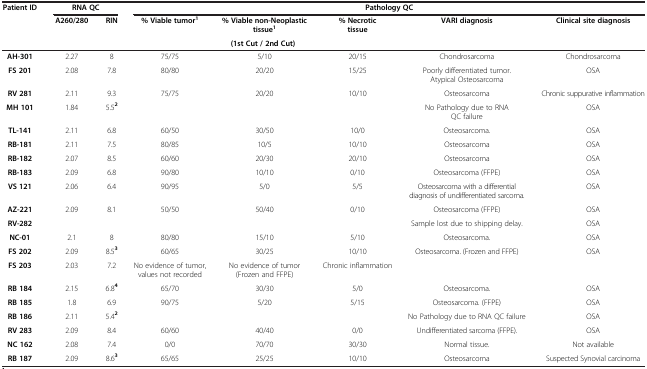
<table><thead><tr><td rowspan="2"><b>Patient ID</b></td><td colspan="2"><b>RNA QC</b></td><td colspan="5"><b>Pathology QC</b></td></tr><tr><td rowspan="2"><b>A260/280</b></td><td rowspan="2"><b>RIN</b></td><td><b>% Viable tumor<sup>1</sup></b></td><td><b>% Viable non-Neoplastic tissue<sup>1</sup></b></td><td><b>% Necrotic tissue</b></td><td rowspan="2"><b>VARI diagnosis</b></td><td rowspan="2"><b>Clinical site diagnosis</b></td></tr><tr><td><b> </b></td><td colspan="3"><b>(1st Cut / 2nd Cut)</b></td></tr></thead><tbody><tr><td><b>AH-301</b></td><td>2.27</td><td>8</td><td>75/75</td><td>5/10</td><td>20/15</td><td>Chondrosarcoma</td><td>Chondrosarcoma</td></tr><tr><td><b>FS 201</b></td><td>2.08</td><td>7.8</td><td>80/80</td><td>20/20</td><td>15/25</td><td>Poorly differentiated tumor. Atypical Osteosarcoma</td><td>OSA</td></tr><tr><td><b>RV 281</b></td><td>2.11</td><td>9.3</td><td>75/75</td><td>20/20</td><td>10/10</td><td>Osteosarcoma</td><td>Chronic suppurative inflammation</td></tr><tr><td><b>MH 101</b></td><td>1.84</td><td>5.5<sup><b>2</b></sup></td><td> </td><td> </td><td> </td><td>No Pathology due to RNA QC failure</td><td>OSA</td></tr><tr><td><b>TL-141</b></td><td>2.11</td><td>6.8</td><td>60/50</td><td>30/50</td><td>10/0</td><td>Osteosarcoma.</td><td>OSA</td></tr><tr><td><b>RB-181</b></td><td>2.11</td><td>7.5</td><td>80/85</td><td>10/5</td><td>10/10</td><td>Osteosarcoma</td><td>OSA</td></tr><tr><td><b>RB-182</b></td><td>2.07</td><td>8.5</td><td>60/60</td><td>20/30</td><td>20/10</td><td>Osteosarcoma</td><td>OSA</td></tr><tr><td><b>RB-183</b></td><td>2.09</td><td>6.8</td><td>90/80</td><td>10/10</td><td>0/10</td><td>Osteosarcoma (FFPE)</td><td>OSA</td></tr><tr><td><b>VS 121</b></td><td>2.06</td><td>6.4</td><td>90/95</td><td>5/0</td><td>5/5</td><td>Osteosarcoma with a differential diagnosis of undifferentiated sarcoma.</td><td>OSA</td></tr><tr><td><b>AZ-221</b></td><td>2.09</td><td>8.1</td><td>50/50</td><td>50/40</td><td>0/10</td><td>Osteosarcoma (FFPE)</td><td>OSA</td></tr><tr><td><b>RV-282</b></td><td> </td><td> </td><td> </td><td> </td><td> </td><td>Sample lost due to shipping delay.</td><td>OSA</td></tr><tr><td><b>NC-01</b></td><td>2.1</td><td>8</td><td>80/80</td><td>15/10</td><td>5/10</td><td>Osteosarcoma.</td><td>OSA</td></tr><tr><td><b>FS 202</b></td><td>2.09</td><td>8.5<sup><b>3</b></sup></td><td>60/65</td><td>30/25</td><td>10/10</td><td>Osteosarcoma. (Frozen and FFPE)</td><td>OSA</td></tr><tr><td><b>FS 203</b></td><td>2.03</td><td>7.2</td><td>No evidence of tumor, values not recorded</td><td>No evidence of tumor (Frozen and FFPE)</td><td>Chronic inflammation</td><td> </td><td> </td></tr><tr><td><b>RB 184</b></td><td>2.15</td><td>6.8<sup><b>4</b></sup></td><td>65/70</td><td>30/30</td><td>5/0</td><td>Osteosarcoma.</td><td>OSA</td></tr><tr><td><b>RB 185</b></td><td>1.8</td><td>6.9</td><td>90/75</td><td>5/20</td><td>5/15</td><td>Osteosarcoma. (FFPE)</td><td>OSA</td></tr><tr><td><b>RB 186</b></td><td>2.11</td><td>5.4<sup><b>2</b></sup></td><td> </td><td> </td><td> </td><td>No Pathology due to RNA QC failure</td><td>OSA</td></tr><tr><td><b>RV 283</b></td><td>2.09</td><td>8.4</td><td>60/60</td><td>40/40</td><td>0/0</td><td>Undifferentiated sarcoma (FFPE).</td><td>OSA</td></tr><tr><td><b>NC 162</b></td><td>2.08</td><td>7.4</td><td>0/0</td><td>70/70</td><td>30/30</td><td>Normal tissue.</td><td>Not available</td></tr><tr><td><b>RB 187</b></td><td>2.09</td><td>8.6<sup><b>3</b></sup></td><td>65/65</td><td>25/25</td><td>10/10</td><td>Osteosarcoma</td><td>Suspected Synovial carcinoma</td></tr></tbody></table>